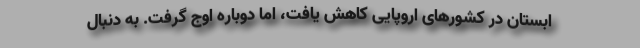
ابستان در کشورهای اروپایی کاهش یافت، اما دوباره اوج گرفت. به دنبال